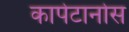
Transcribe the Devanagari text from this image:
कापेटानोस